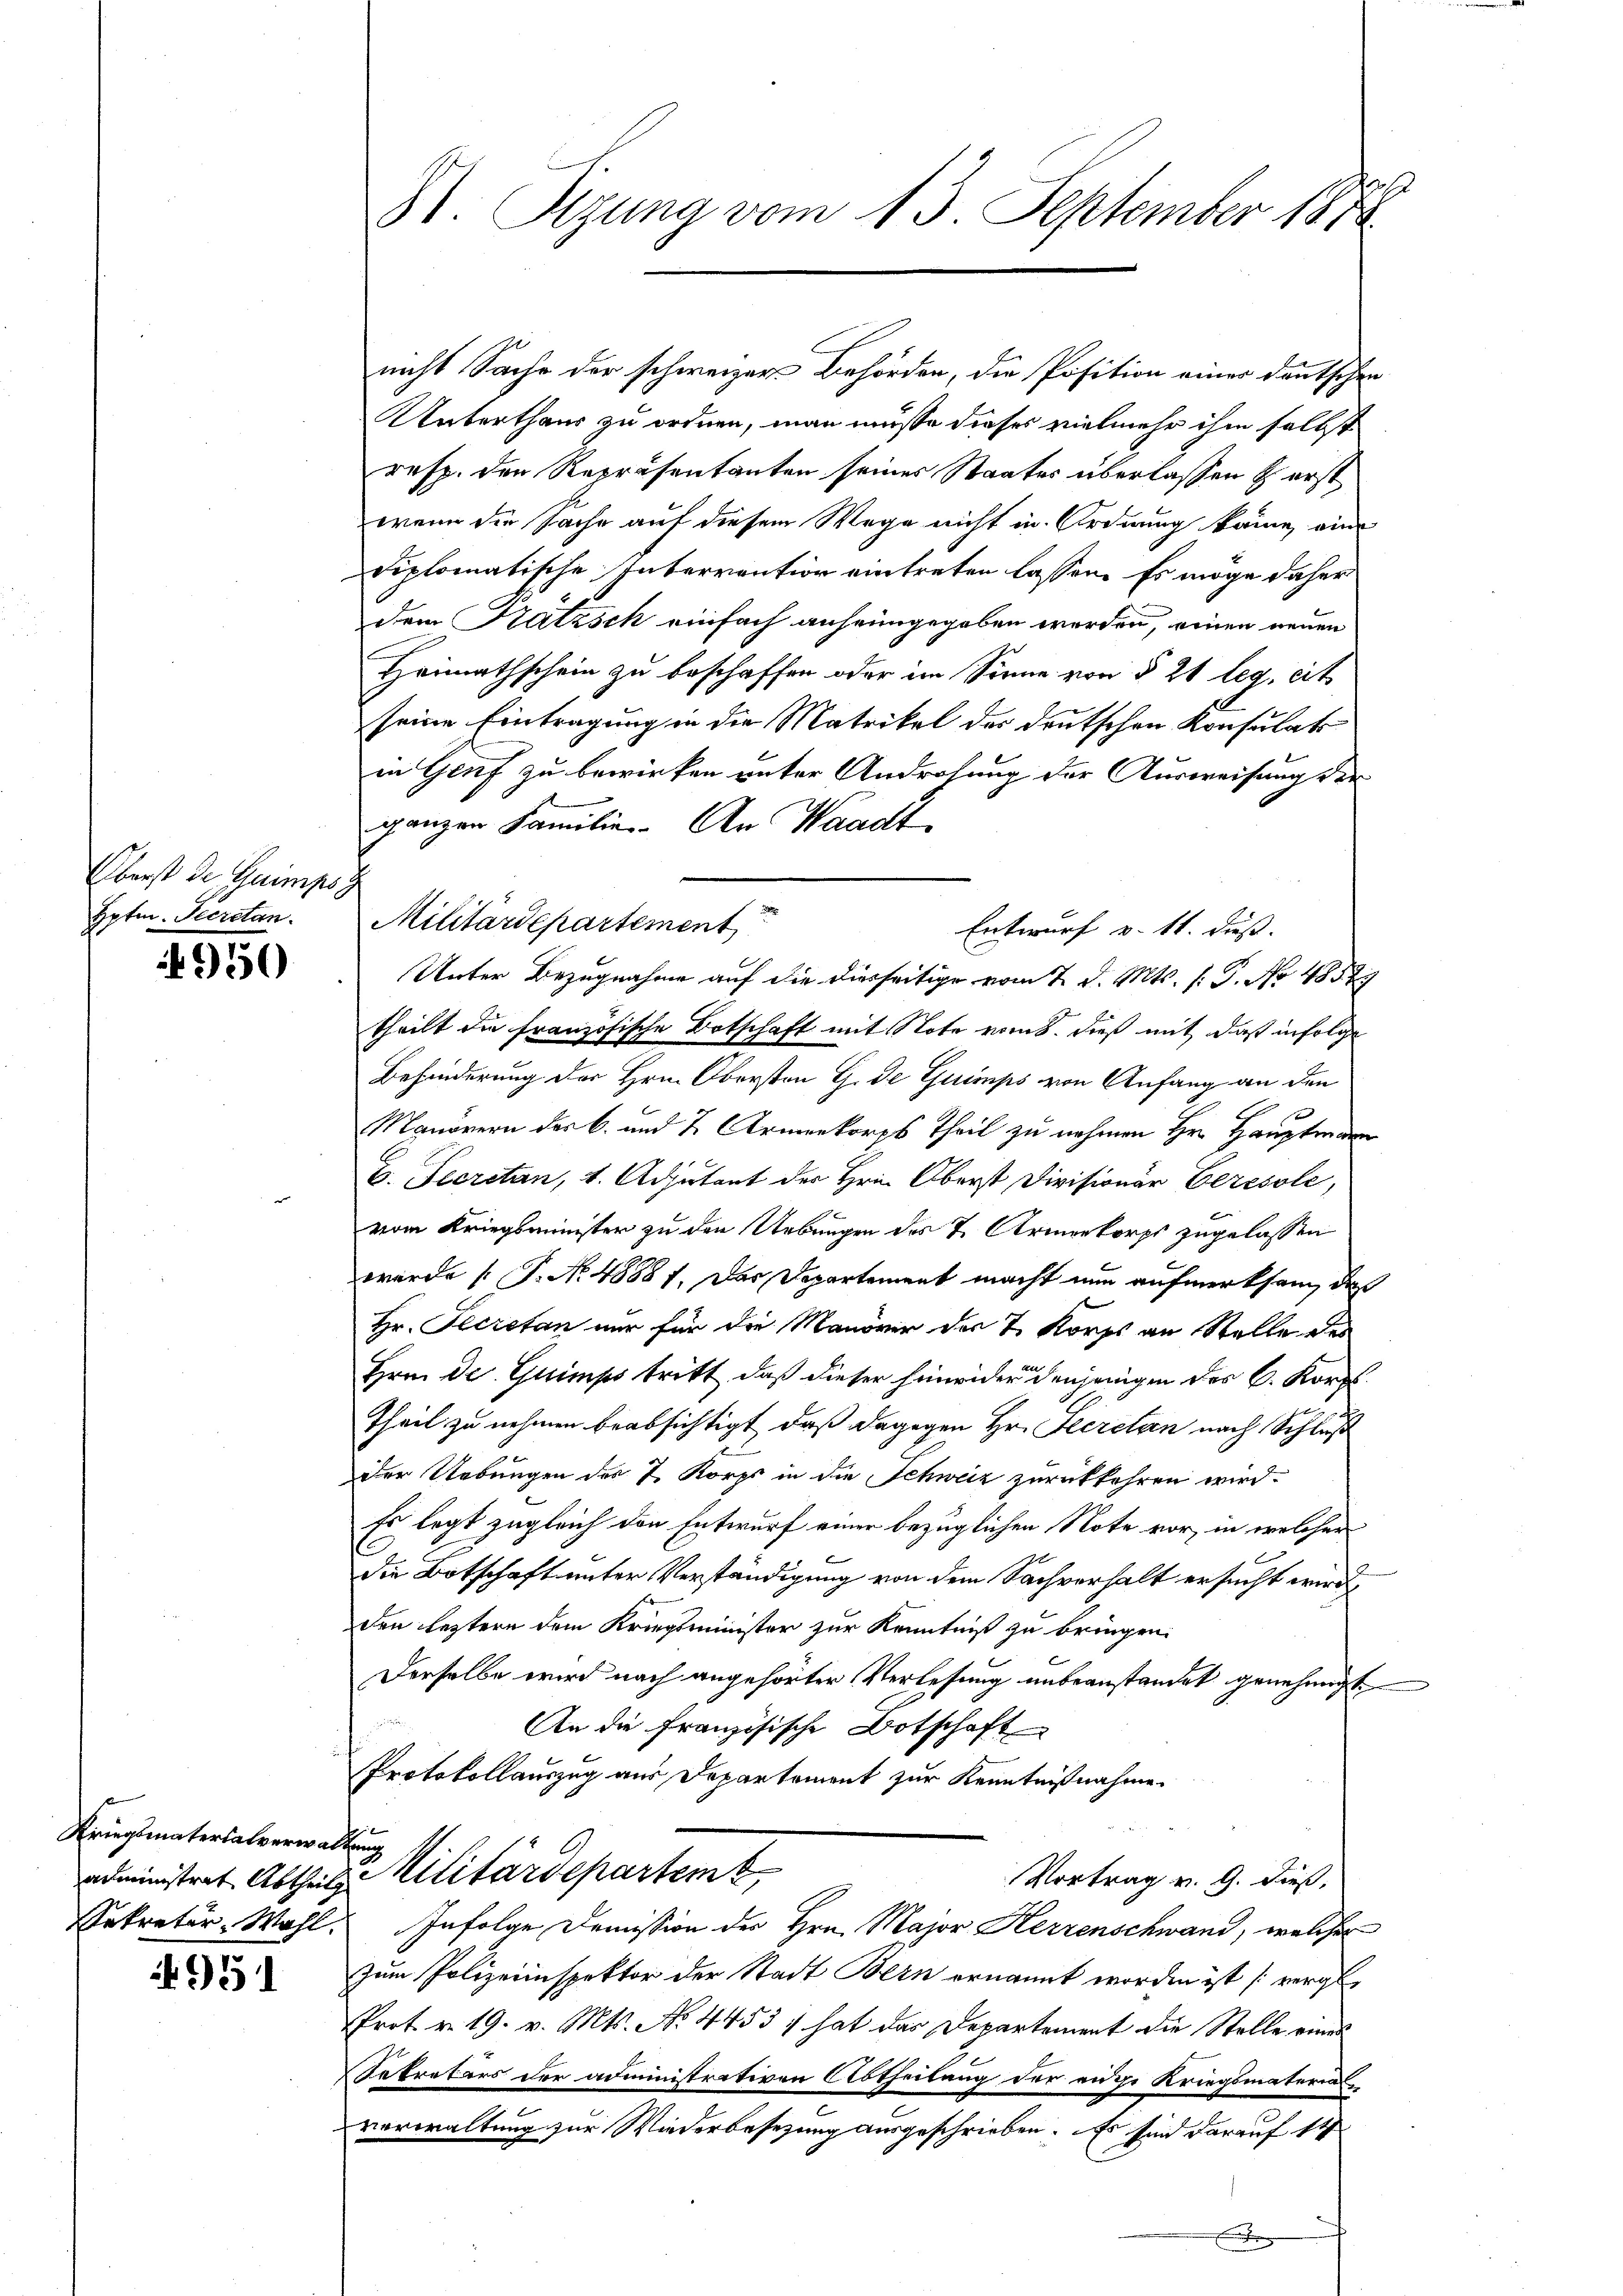
Oberst der Guimps d
Hpten. Secretan.

950

Kriegsmaterialverwaltung
Sekretär, Wahl.

951

St. Sizung vom 13. September 1890

nicht Sache der schweizer Behörden, die Position einer deutschen
Unterthaus zu ordnen, man müsse dieses vielmehr ihm selbst
resp. den Repräsentanten seines Staates überlassen & erst
wenn die Sache auf diesem Wege nicht in Ordnung käme, ein
diplomatische Interrention eintreten lassen. Es möge daher
dem Katzsch einfach anheimgegeben werden, einen neuen
Heimathschein zu beschaffen oder im Sinne von § 24 leg, cit
seine Eintragung in die Matrikel des deutschen Konsulats
in Genf zu bewirken unter Androhung der Ausweisung der
ganzen Familie. An Waadt,
Unter Bezugnahme auf die diesseitige vom 7. d. Mts. f. G. No 485
theilt die französische Botschaft mit Note vom 8. dieß mit daß infolge
Behinderung des Hrn. Obersten G. de Guimps von Anfang an den
x
Manovern der B. und 2 Armenkorps Theil zu nehmen Hrn. Hauptmann
E. Secretan, 4. Adjutant der Hrn. Oberst Divisionär Eeresole,
vom Kriegsminister zu den Uebungen des & Armenkorps zugelassen
wurde (T. No. 48881. Das Departement macht nun aufmerksam, daß
Hr. Secretan nur für die Manöver des 7. Korps an Stelle des
Hrn. De Guimps tritt, daß dieser hinwider denjenigen des C. Korp
Theil zu nehmen beabsichtigt, daß dagegen Hr. Secretan nach Schluß
der Uebungen des 7. Korps in die Schweiz zurückkehren wird.
Es legt zugleich den Entwurf einer bezüglichen Note vor, in welcher
2
C
die Botschaft unter Verständigung von dem Sachverhalt ersucht wird,
den leztern dem Kriegsminister zur Kenntniß zu bringen.
Derselbe wird nach angehörter Verlesung unbeanstandet genehmigt
An die Französische Botschaft
Protokollauszug aus Departement zur Kenntnißnahme.
administrat Abtheil Militärdepartem
Vortrag v. 9. dieß,
Infolge Domission des Hrn. Major Herrenschwand, welcher
Zum Polizeiinspektor der Stadt Bern ernannt worden ist [vergl.
Prot. v. 19. v. Mts. No. 4453 :/ hat das Departement die Stelle eines
Sekretärs der administrativen Abtheilung der eige Kriegsmaterial
vorwaltung zur Wiederbesezung ausgeschrieben. Es sind darauf 14

Militärdepartement

Entwurf v. 11. dieß.